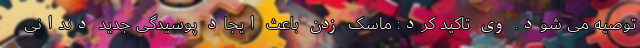
توصیه می شود. وی تاکید کرد: ماسک زدن باعث ایجاد پوسیدگی جدید دندانی